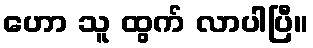
ဟော သူ ထွက် လာပါပြီ။